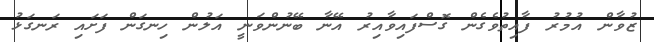
ޒުވާން އުމުރު ފާއިތުވެގެން ގޮސްފައިވާއިރު އޭނާ ބޭނުންވަނީ އަލުން ހިނގަން ފަށައި ރަނގަޅު